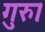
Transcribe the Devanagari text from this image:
गुरु।